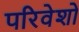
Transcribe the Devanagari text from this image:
परिवेशो